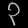
Digit: ၃